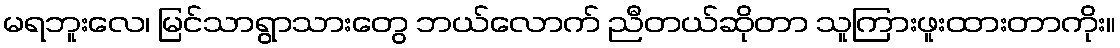
မရဘူးလေ၊ မြင်သာရွာသားတွေ ဘယ်လောက် ညီတယ်ဆိုတာ သူကြားဖူးထားတာကိုး။